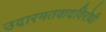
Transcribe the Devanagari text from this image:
उदारमतवादविरोधी